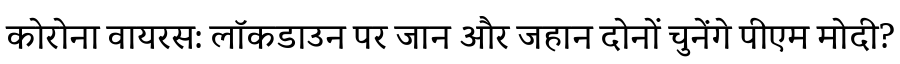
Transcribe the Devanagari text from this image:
कोरोना वायरस: लॉकडाउन पर जान और जहान दोनों चुनेंगे पीएम मोदी?